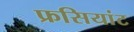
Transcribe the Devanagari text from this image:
फ्रसियांट